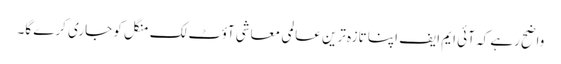
واضح رہے کہ آئی ایم ایف اپنا تازہ ترین عالمی معاشی آؤٹ لک منگل کو جاری کرے گا۔